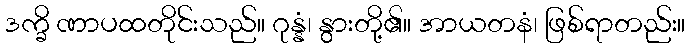
ဒက္ခိ ဏာပထတိုင်းသည်။ ဂုန္နံ၊ နွားတို့၏။ အာယတနံ၊ ဖြစ်ရာတည်း။